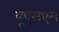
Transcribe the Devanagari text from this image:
यूएसएम